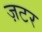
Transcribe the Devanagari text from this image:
ज़टर